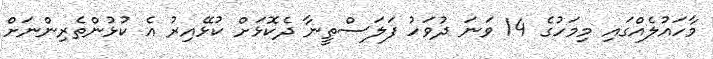
މާހައުލެއްގައި މިމަހުގެ 14 ވަނަ ދުވަހު ފަލަސްތީނާ ދެކޮޅަށް ކުޅޭއިރު އެ ކުޅުންތެރިންނަށް